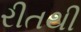
રીતથી